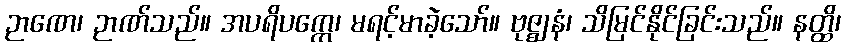
ဉာဏေ၊ ဉာဏ်သည်။ အပရိပက္ကေ၊ မရင့်မာခဲ့သော်။ ဗုဇ္ဈနံ၊ သိမြင်နိုင်ခြင်းသည်။ နတ္ထိ၊